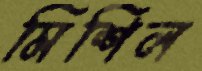
মিশিল